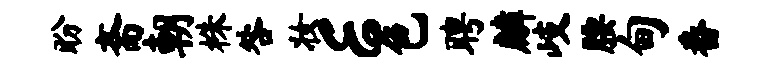
盼斋朝株咎妆E色聘麟岐腰甸番